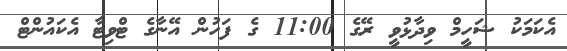
އެކަމަކު ޝަހީމް ވިދާޅުވީ ރޭގެ 11:00 ގެ ފަހުން އޭނާގެ ޓްވިޓާ އެކައުންޓް